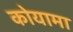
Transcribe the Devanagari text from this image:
कोयामा